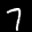
Label: 7